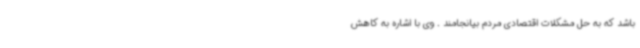
باشد که به حل مشکلات اقتصادی مردم بیانجامند . وی با اشاره به کاهش